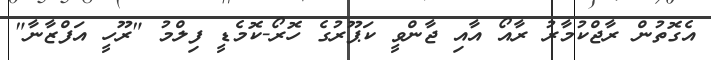
އެގޮތުން ރާޖްކުމާރު ރާއޯ އާއި ޖާންވީ ކަޕޫރުގެ ހޮރޯ-ކޮމެޑީ ފިލްމު "ރޫހީ އަފްޒާނާ"